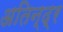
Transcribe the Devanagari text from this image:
अतिन्द्र